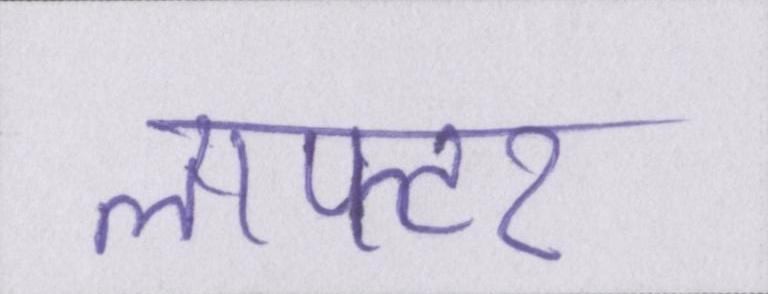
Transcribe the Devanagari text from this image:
लाफ्टर